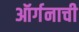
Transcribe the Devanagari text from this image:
ऑर्गनाची